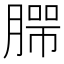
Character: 𰯄